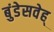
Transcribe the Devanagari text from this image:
बुंडेसवेह्